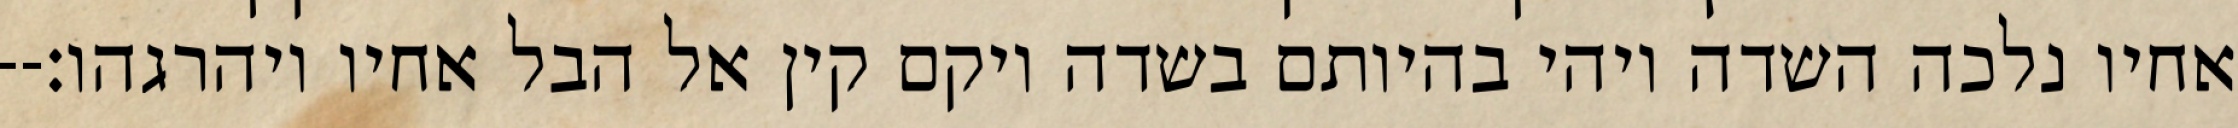
אחיו נלכה השדה ויהי בהיותם בשדה ויקם קין אל הבל אחיו ויהרגהו׃--